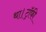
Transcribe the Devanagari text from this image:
था।ट्रॉफी